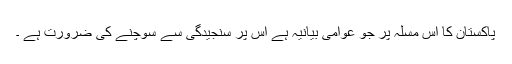
پاکستان کا اس مسلہ پر جو عوامی بیانیہ ہے اس پر سنجیدگی سے سوچنے کی ضرورت ہے ۔